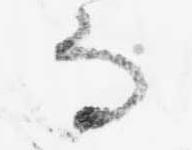
而